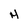
Character: H